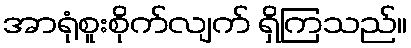
အာရုံစူးစိုက်လျက် ရှိကြသည်။